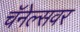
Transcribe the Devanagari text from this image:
चॅनेल्सवर